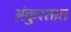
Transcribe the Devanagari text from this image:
अंकुरतात